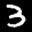
Label: 3